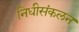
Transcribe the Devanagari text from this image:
निधीसंकलन